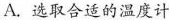
A.选取合适的温度计